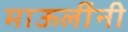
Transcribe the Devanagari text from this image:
माऊलींनी